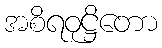
အစိရဝုဋ္ဌိတော